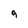
Character: 9